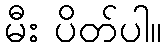
မီး ပိတ်ပါ။